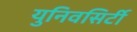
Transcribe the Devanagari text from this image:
युनिवसिर्टी